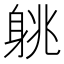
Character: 䠷